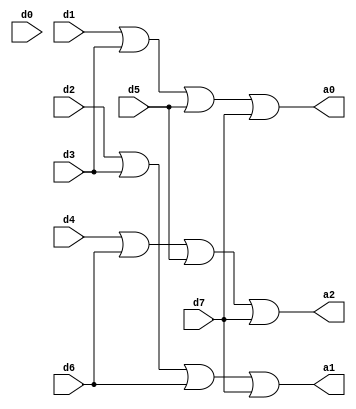
module encoder_8_to_3(a0,a1,a2,d0,d1,d2,d3,d4,d5,d6,d7);
input d0,d1,d2,d3,d4,d5,d6,d7;
output a0,a1,a2;
assign a0 = ( d1 | d3 | d5 | d7 );
assign a1 = ( d2 | d3 | d6 | d7 );
assign a2 = ( d4 | d6 | d5 | d7 );
endmodule